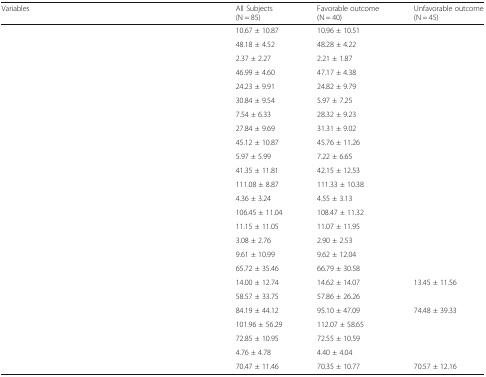
<table><thead><tr><td><b>Variables</b></td><td><b>All Subjects(N = 85)</b></td><td><b>Favorable outcome(N = 40)</b></td><td><b>Unfavorable outcome(N = 45)</b></td></tr></thead><tbody><tr><td>[EMPTY_CELL]</td><td>10.67 ± 10.87</td><td>10.96 ± 10.51</td><td>[EMPTY_CELL]</td></tr><tr><td>[EMPTY_CELL]</td><td>48.18 ± 4.52</td><td>48.28 ± 4.22</td><td>[EMPTY_CELL]</td></tr><tr><td>[EMPTY_CELL]</td><td>2.37 ± 2.27</td><td>2.21 ± 1.87</td><td>[EMPTY_CELL]</td></tr><tr><td>[EMPTY_CELL]</td><td>46.99 ± 4.60</td><td>47.17 ± 4.38</td><td>[EMPTY_CELL]</td></tr><tr><td>[EMPTY_CELL]</td><td>24.23 ± 9.91</td><td>24.82 ± 9.79</td><td>[EMPTY_CELL]</td></tr><tr><td>[EMPTY_CELL]</td><td>30.84 ± 9.54</td><td>5.97 ± 7.25</td><td>[EMPTY_CELL]</td></tr><tr><td>[EMPTY_CELL]</td><td>7.54 ± 6.33</td><td>28.32 ± 9.23</td><td>[EMPTY_CELL]</td></tr><tr><td>[EMPTY_CELL]</td><td>27.84 ± 9.69</td><td>31.31 ± 9.02</td><td>[EMPTY_CELL]</td></tr><tr><td>[EMPTY_CELL]</td><td>45.12 ± 10.87</td><td>45.76 ± 11.26</td><td>[EMPTY_CELL]</td></tr><tr><td>[EMPTY_CELL]</td><td>5.97 ± 5.99</td><td>7.22 ± 6.65</td><td>[EMPTY_CELL]</td></tr><tr><td>[EMPTY_CELL]</td><td>41.35 ± 11.81</td><td>42.15 ± 12.53</td><td>[EMPTY_CELL]</td></tr><tr><td>[EMPTY_CELL]</td><td>111.08 ± 8.87</td><td>111.33 ± 10.38</td><td>[EMPTY_CELL]</td></tr><tr><td>[EMPTY_CELL]</td><td>4.36 ± 3.24</td><td>4.55 ± 3.13</td><td>[EMPTY_CELL]</td></tr><tr><td>[EMPTY_CELL]</td><td>106.45 ± 11.04</td><td>108.47 ± 11.32</td><td>[EMPTY_CELL]</td></tr><tr><td>[EMPTY_CELL]</td><td>11.15 ± 11.05</td><td>11.07 ± 11.95</td><td>[EMPTY_CELL]</td></tr><tr><td>[EMPTY_CELL]</td><td>3.08 ± 2.76</td><td>2.90 ± 2.53</td><td>[EMPTY_CELL]</td></tr><tr><td>[EMPTY_CELL]</td><td>9.61 ± 10.99</td><td>9.62 ± 12.04</td><td>[EMPTY_CELL]</td></tr><tr><td>[EMPTY_CELL]</td><td>65.72 ± 35.46</td><td>66.79 ± 30.58</td><td>[EMPTY_CELL]</td></tr><tr><td>[EMPTY_CELL]</td><td>14.00 ± 12.74</td><td>14.62 ± 14.07</td><td>13.45 ± 11.56</td></tr><tr><td>[EMPTY_CELL]</td><td>58.57 ± 33.75</td><td>57.86 ± 26.26</td><td>[EMPTY_CELL]</td></tr><tr><td>[EMPTY_CELL]</td><td>84.19 ± 44.12</td><td>95.10 ± 47.09</td><td>74.48 ± 39.33</td></tr><tr><td>[EMPTY_CELL]</td><td>101.96 ± 56.29</td><td>112.07 ± 58.65</td><td>[EMPTY_CELL]</td></tr><tr><td>[EMPTY_CELL]</td><td>72.85 ± 10.95</td><td>72.55 ± 10.59</td><td>[EMPTY_CELL]</td></tr><tr><td>[EMPTY_CELL]</td><td>4.76 ± 4.78</td><td>4.40 ± 4.04</td><td>[EMPTY_CELL]</td></tr><tr><td>[EMPTY_CELL]</td><td>70.47 ± 11.46</td><td>70.35 ± 10.77</td><td>70.57 ± 12.16</td></tr></tbody></table>